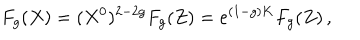
F _ { g } ( X ) = ( X ^ { 0 } ) ^ { 2 - 2 g } F _ { g } ( Z ) = e ^ { ( 1 - g ) K } F _ { g } ( Z ) \, ,